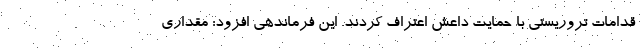
قدامات تروریستی با حمایت داعش اعتراف کردند. این فرماندهی افزود: مقداری